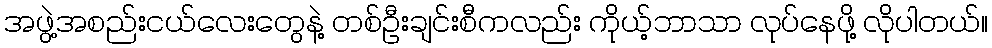
အဖွဲ့အစည်းငယ်လေးတွေနဲ့ တစ်ဦးချင်းစီကလည်း ကိုယ့်ဘာသာ လုပ်နေဖို့ လိုပါတယ်။